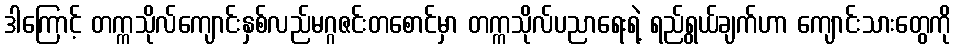
ဒါကြောင့် တက္ကသိုလ်ကျောင်းနှစ်လည်မဂ္ဂဇင်းတစောင်မှာ တက္ကသိုလ်ပညာရေးရဲ့ ရည်ရွယ်ချက်ဟာ ကျောင်းသားတွေကို